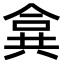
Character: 𠔤